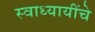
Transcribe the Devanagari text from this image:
स्वाध्यायींचे